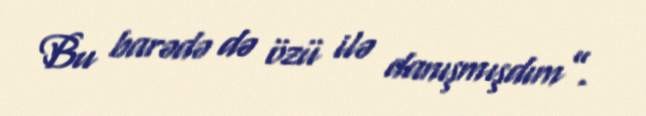
Bu barədə də özü ilə danışmışdım”.